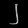
Digit: ၂